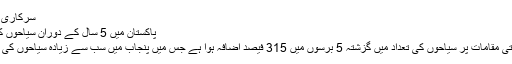
سرکاری اعداد و شمار [..]مزید پڑھیں
پاکستان میں 5 سال کے دوران سیاحوں کی تعداد میں زبردست اضافہ
پاکستان کے ثقافتی اور سیاحتی مقامات پر سیاحوں کی تعداد میں گزشتہ 5 برسوں میں 315 فیصد اضافہ ہوا ہے جس میں پنجاب میں سب سے زیادہ سیاحوں کی آمد میں 95 فیصد اضافہ ہؤا۔